Malaria in India - Number 2
Disease focus: Malaria
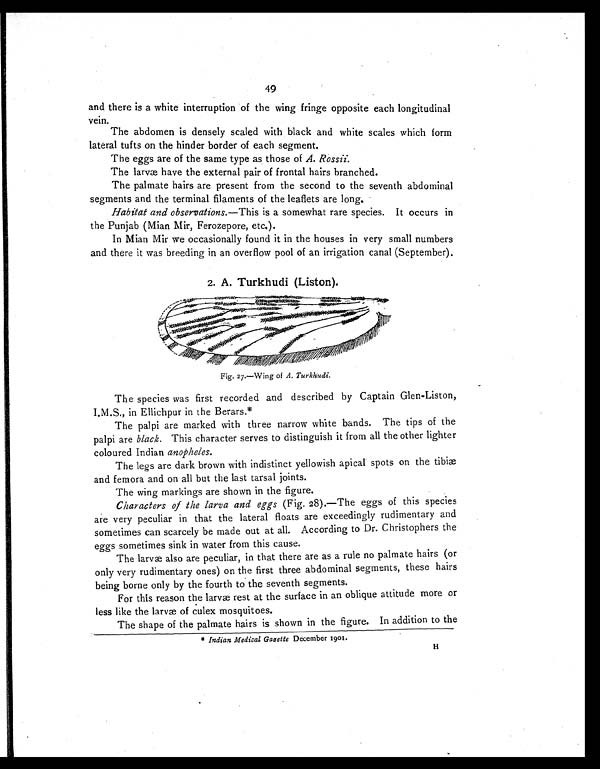
49
and there is a white interruption of the wing fringe opposite each longitudinal
vein.
The abdomen is densely scaled with black and white scales which form
lateral tufts on the hinder border of each segment.
The eggs are of the same type as those of A. Rossii.
The larvæ have the external pair of frontal hairs branched.
The palmate hairs are present from the second to the seventh abdominal
segments and the terminal filaments of the leaflets are long.
Habitat and observations.—This is a somewhat rare species. It occurs in
the Punjab (Mian Mir, Ferozepore, etc.).
In Mian Mir we occasionally found it in the houses in very small numbers
and there it was breeding in an overflow pool of an irrigation canal (September).
2. A. Turkhudi (Liston).
Fig, 27.—Wing of A. Turkhudi.
The species was first recorded and described by Captain Glen-Liston,
I.M.S., in Ellichpur in the Berars.*
The palpi are marked with three narrow white bands. The tips of the
palpi are black. This character serves to distinguish it from all the other lighter
coloured Indian anopheles.
The legs are dark brown with indistinct yellowish apical spots on the tibiæ
and femora and on all but the last tarsal joints.
The wing markings are shown in the figure.
Characters of the larva and eggs (Fig. 28).—The eggs of this species
are very peculiar in that the lateral floats are exceedingly rudimentary and
sometimes can scarcely be made out at all. According to Dr. Christophers the
eggs sometimes sink in water from this cause.
The larvae also are peculiar, in that there are as a rule no palmate hairs (or
only very rudimentary ones) on the first three abdominal segments, these hairs
being borne only by the fourth to the seventh segments.
For this reason the larvae rest at the surface in an oblique attitude more or
less like the larvae of culex mosquitoes.
The shape of the palmate hairs is shown in the figure. In addition to the
* Indian Medical Gazette December 1901.